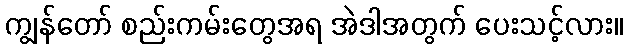
ကျွန်တော် စည်းကမ်းတွေအရ အဲဒါအတွက် ပေးသင့်လား။